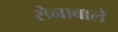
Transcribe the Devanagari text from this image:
सेनावाले